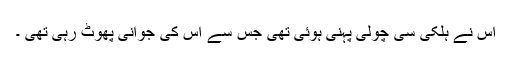
اس نے ہلکی سی چولی پہنی ہوئی تھی جس سے اس کی جوانی پھوٹ رہی تھی ۔